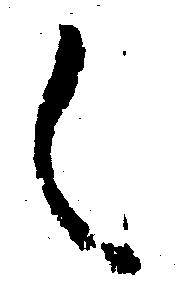
く